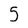
Character: 5